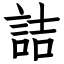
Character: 詰